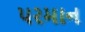
પરમાન